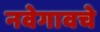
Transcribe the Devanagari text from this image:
नवेगावचे